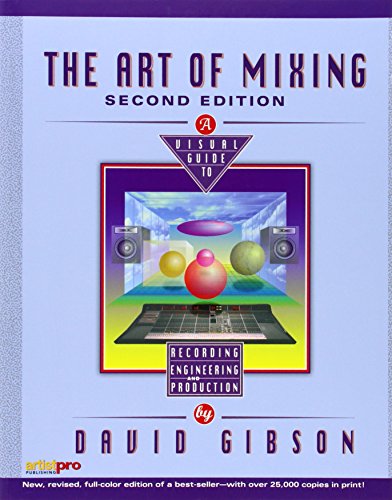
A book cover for The Art of Mixing: A Visual Guide to Recording, Engineering, and Production; David Gibson; Arts & Photography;